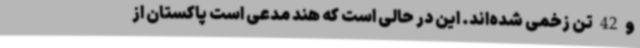
و 42 تن زخمی شده‌اند. این در حالی است که هند مدعی است پاکستان از